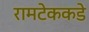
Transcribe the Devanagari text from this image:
रामटेककडे